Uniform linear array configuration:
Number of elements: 32
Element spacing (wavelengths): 0.25
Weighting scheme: exponential
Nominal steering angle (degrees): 60
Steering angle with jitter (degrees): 59.222
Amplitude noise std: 0.05
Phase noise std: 0.05

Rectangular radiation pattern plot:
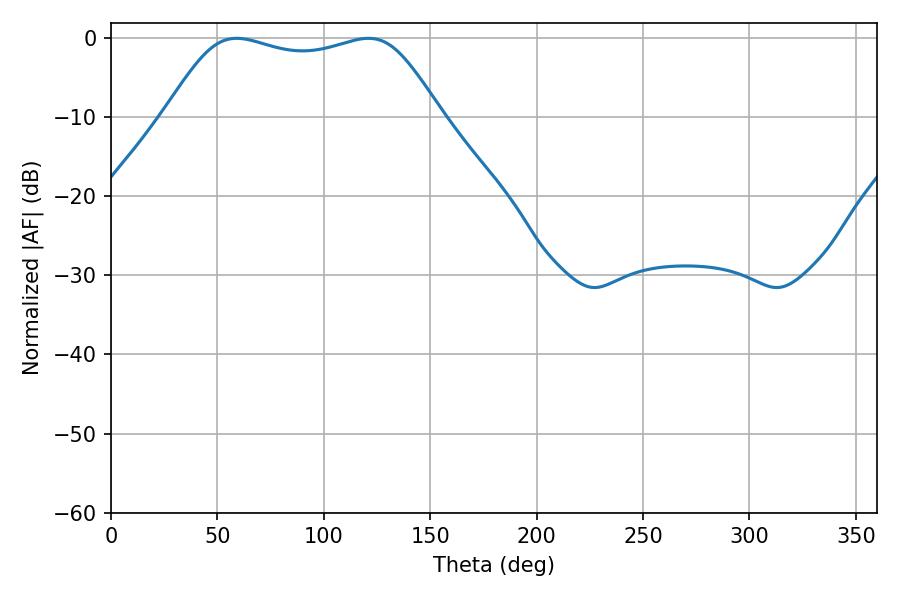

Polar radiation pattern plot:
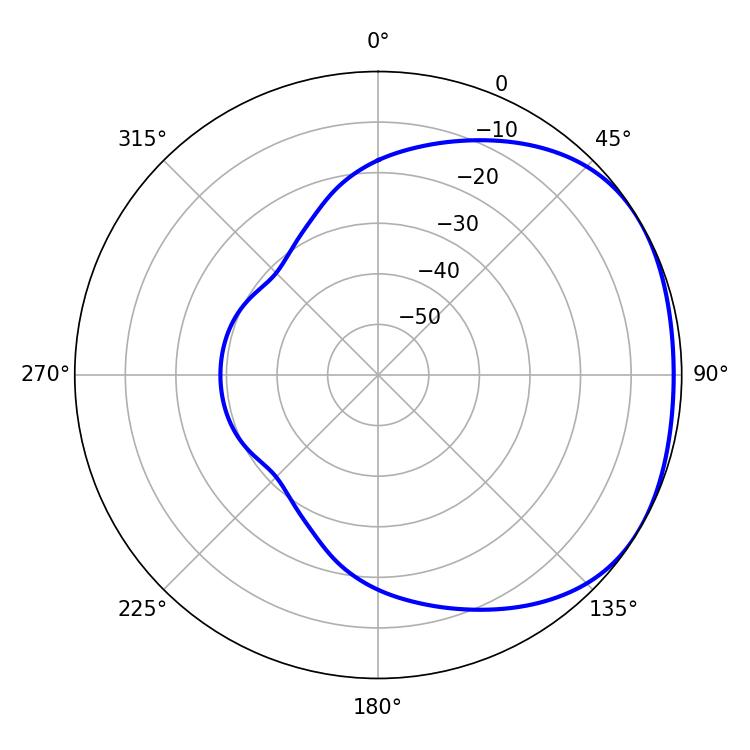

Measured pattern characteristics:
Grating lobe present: FALSE
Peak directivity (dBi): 1.71
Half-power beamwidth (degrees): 98.64
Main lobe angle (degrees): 59.04